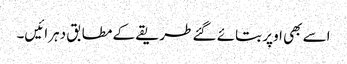
اسے بھی اوپر بتائے گئے طریقے کے مطابق دہرائیں۔